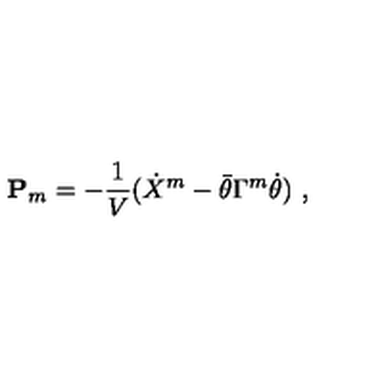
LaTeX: { \bf P } _ { m } = - { \frac { 1 } { V } } ( \dot { X } ^ { m } - \bar { \theta } \Gamma ^ { m } \dot { \theta } ) \ ,